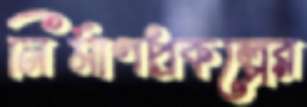
নির্মাণপ্রকল্পের